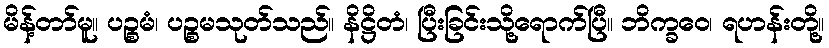
မိန့်တာ်မူ။ ပဉ္စမံ၊ ပဉ္စမသုတ်သည်။ နိဋ္ဌိတံ၊ ပြီးခြင်းသို့ရောက်ပြီ။ ဘိက္ခဝေ၊ ရဟန်းတို့။